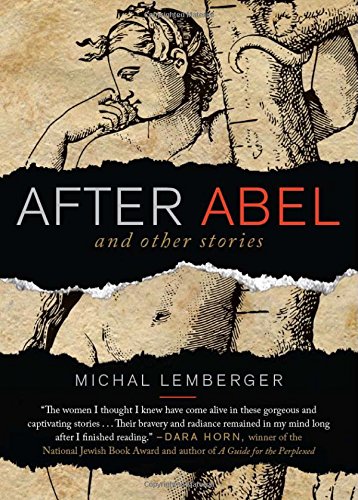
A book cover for After Abel and Other Stories; Michal Lemberger; Literature & Fiction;